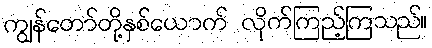
ကျွန်တော်တို့နှစ်ယောက် လိုက်ကြည့်ကြသည်။